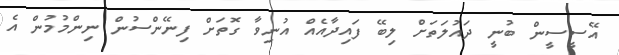
އޭސީސީން ބުނީ ދައުލަތަށް ލިބޭ ފައިދާއެއް އުނިވާ ގޮތަށް ފިނޭންސުން ނިންމުމުން އެ